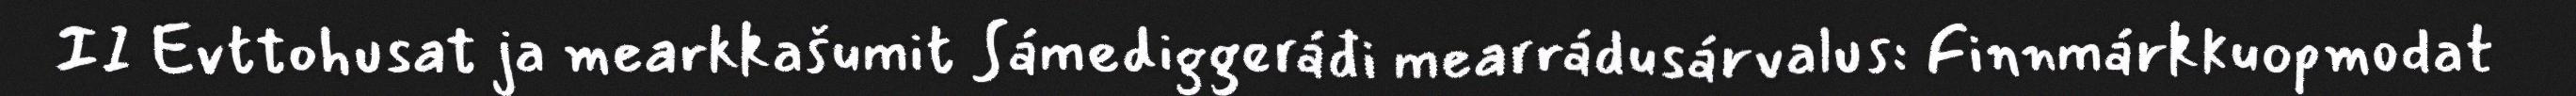
II Evttohusat ja mearkkašumit Sámediggeráđi mearrádusárvalus: Finnmárkkuopmodat